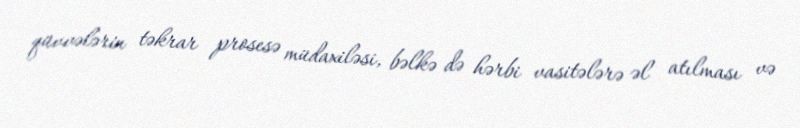
qüvvələrin təkrar prosesə müdaxiləsi, bəlkə də hərbi vasitələrə əl atılması və